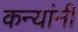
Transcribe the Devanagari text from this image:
कन्यांनी